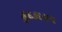
કૂદકાયમ